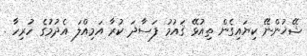
ޝޭޚުންނޭ ކިޔައިގެން ތިއުޅޭ ޤައުމު ފަސާދަ ކުރާ އަމިއްލަ އެދުމުގެ ހުރިހާ .